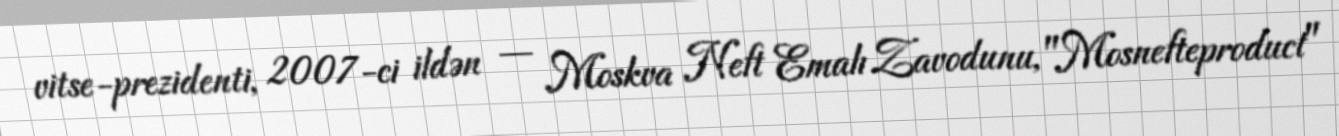
vitse-prezidenti, 2007-ci ildən — Moskva Neft Emalı Zavodunu, "Mosnefteproduct"